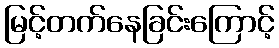
မြင့်တက်နေခြင်းကြောင့်